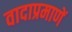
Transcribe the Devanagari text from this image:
वादाप्रमाणें